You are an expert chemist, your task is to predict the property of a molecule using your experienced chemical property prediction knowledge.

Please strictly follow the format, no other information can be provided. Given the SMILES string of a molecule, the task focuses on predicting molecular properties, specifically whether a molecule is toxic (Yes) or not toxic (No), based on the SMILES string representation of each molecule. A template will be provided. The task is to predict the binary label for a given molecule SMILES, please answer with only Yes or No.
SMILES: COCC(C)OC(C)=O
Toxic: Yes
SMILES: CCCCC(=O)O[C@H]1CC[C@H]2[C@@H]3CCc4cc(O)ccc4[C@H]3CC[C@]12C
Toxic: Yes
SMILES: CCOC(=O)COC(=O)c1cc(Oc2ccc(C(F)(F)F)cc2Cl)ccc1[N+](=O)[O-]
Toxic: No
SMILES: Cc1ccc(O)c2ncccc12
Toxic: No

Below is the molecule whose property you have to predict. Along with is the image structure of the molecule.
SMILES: C=CC(=O)OC
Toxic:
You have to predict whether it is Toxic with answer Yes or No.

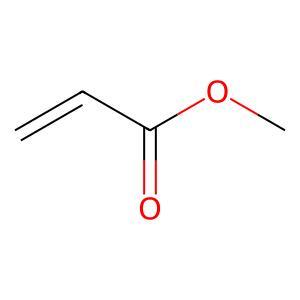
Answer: No